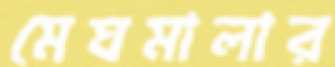
মেঘমালার